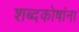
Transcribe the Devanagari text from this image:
शब्दकोषांना